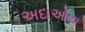
અદાઓના